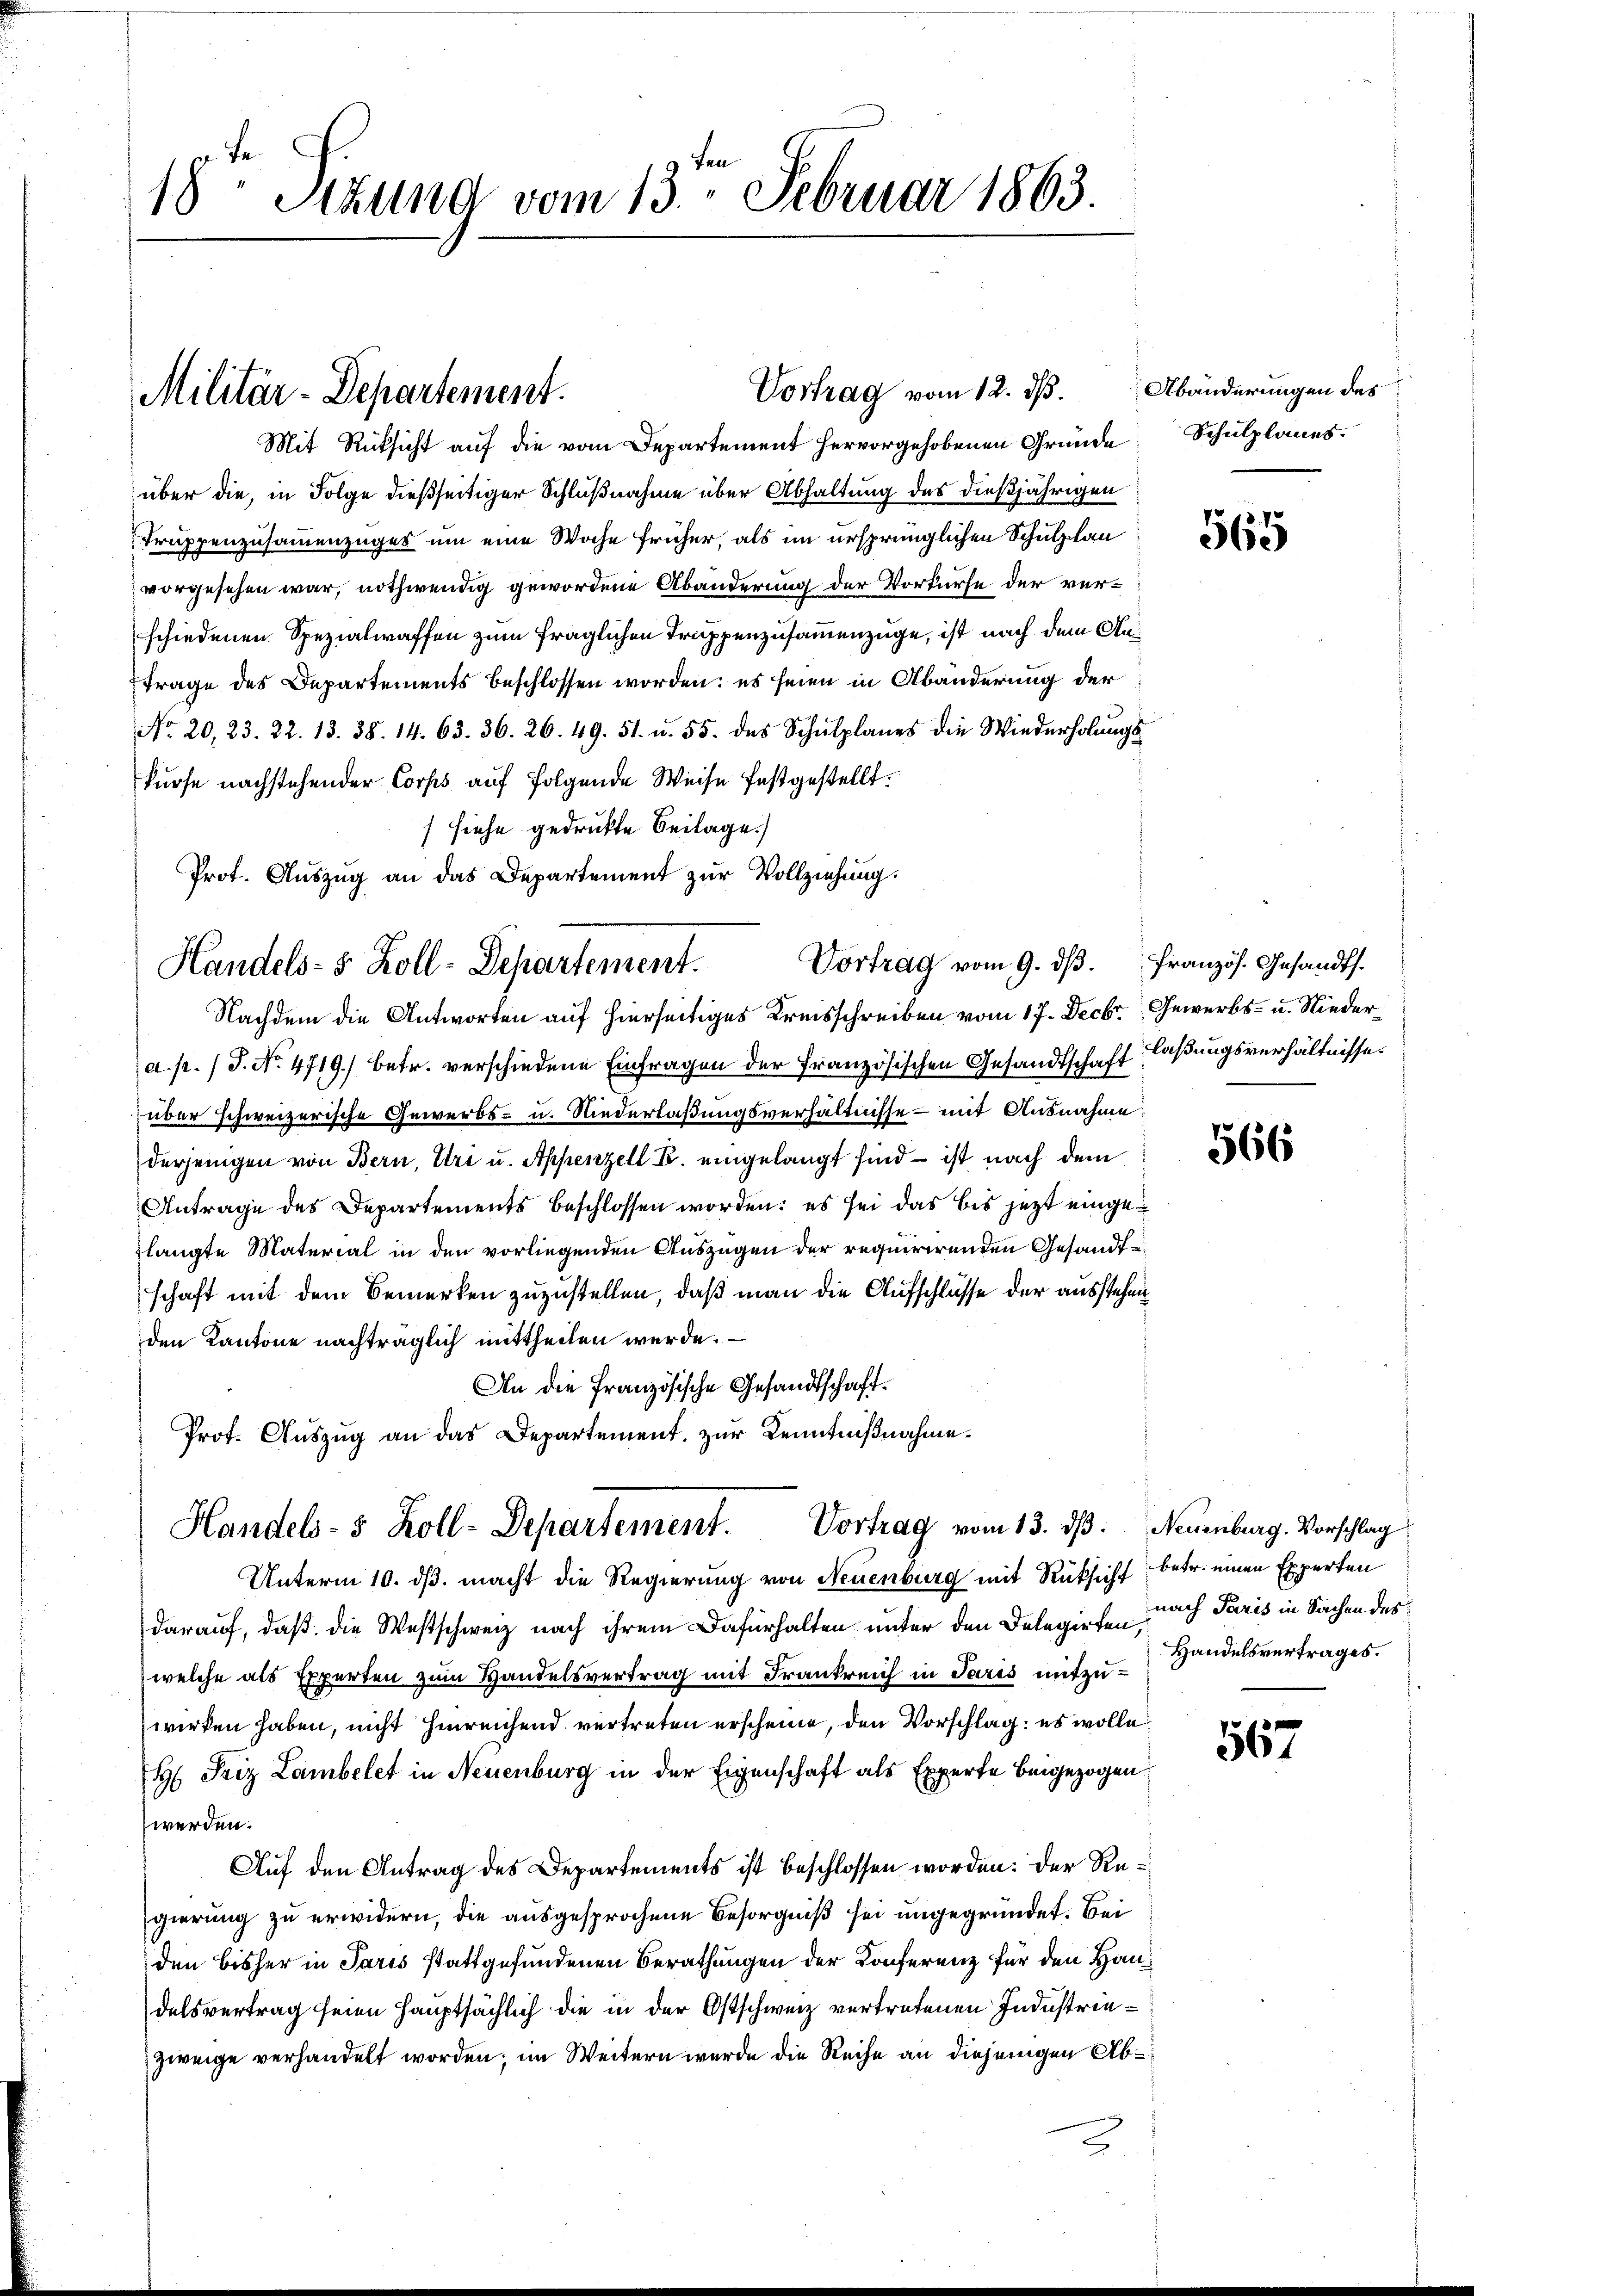
18 Stund vom 13. Februar 1863.

Militär-Departement.

Mit Rücksicht auf die vom Departement hervorgehobenen Gründe
über die, in Folge dießseitiger Schlußnahme über Abhaltung des dießjährigen
Truppenzusammenzuges um eine Woche früher, als im ursprünglichen Schulplan
vorgesehen war, nothwendig gewordene Abänderung der Vorkurse der verschiedenen Spezialwaffen zum fraglichen Truppenzusammenzüge, ist nach dem Kaitrage des Departements beschlossen worden: es seien in Abänderung der
No. 20, 23. 22. 13. 38. 14. 63. 36. 26. 49. 51. u. 55. des Schŭlplanes die Wiederholŭngs-
kurse nachstehender Corps auf folgende Weise festgestellt.
siehe gedruckte Beilage.)
Prot. Auszug an das Departement zur Vollziehung.
Nachdem die Antworten auf hierseitiges Kreisschreiben vom 17. Decbr. Gewerbs- u. Niedera. p. (T. No. 4719.) betr. verschiedene Einfragen der französischen Gesandtschaft laßungsverhältnisse.
über schweizerische Gewerbs- u. Niederlaßungsverhältnisse – mit Ausnahme.
derjenigen von Bern, Uri u. Appenzell R. eingelangt sind – ist nach dem
Antrage des Departements beschlossen worden: es sei das bis jetzt eingelangte Material in den vorliegenden Auszügen der requirirenden Gesandtschaft mit dem Bemerken zuzustellen, daß man die Aufschlüsse der ausstehen
den Kantone nachträglich mittheilen werde.
An die Französische Gesandtschaft¬
Prof. Auszug an das Departement zur Kenntnißnahme.
Handels- 5 Zoll-Departement. Vortrag vom 13. dß. Neuenburg. Vorschlag
Unterm 10. ds. macht die Regierung von Neuenburg mit Rüksicht betr. einen Experten
darauf, daß die Westschweiz nach ihrem Dafürhalten unter den Delegirten nach Paris in Sachen des
welche als Experten zum Handelsvertrag mit Frankreich in Paris mitzuwirken haben, nicht hinreichend vertreten erscheine, den Vorschlag: es wolle
H Friz Lambelet in Neuenburg in der Eigenschaft als Experte beigezogen.
werden.
Auf den Antrag des Departements ist beschlossen worden: Der Regierung zu erwidern, die ausgesprochene Besorgniß sei ungegründet. Bei
den bisher in Paris stattgefundenen Berathungen der Konferenz für den Handelsvertrag seien hauptsächlich die in der Ostschweiz vertretenen Industriezweige verhandelt worden; im Weitern wurde die Reihe an diejenigen Ab¬

Handels- & Zoll-Departement.

Vortrag vom 12. d. Abänderungen des

Vortrag vom 9. dβ. Französ. Gesandts.

Schulplanes.

569

566

Handelsvertrages.

567